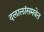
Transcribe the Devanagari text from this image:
दलालांसमवेत